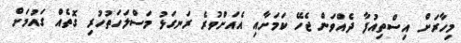
މިހާރަށް އިސްތިއުފާ ދެއްވަން ޖެހޭ ކަމަށާއި އެެއަށްވުރެ ރަނގަޅު މަސްލަހަތުހުރި ގޮތެއް ގައުމަށް